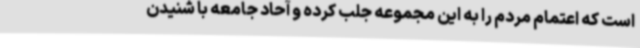
است که اعتمام مردم را به این مجموعه جلب کرده و آحاد جامعه با شنیدن